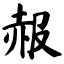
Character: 赧